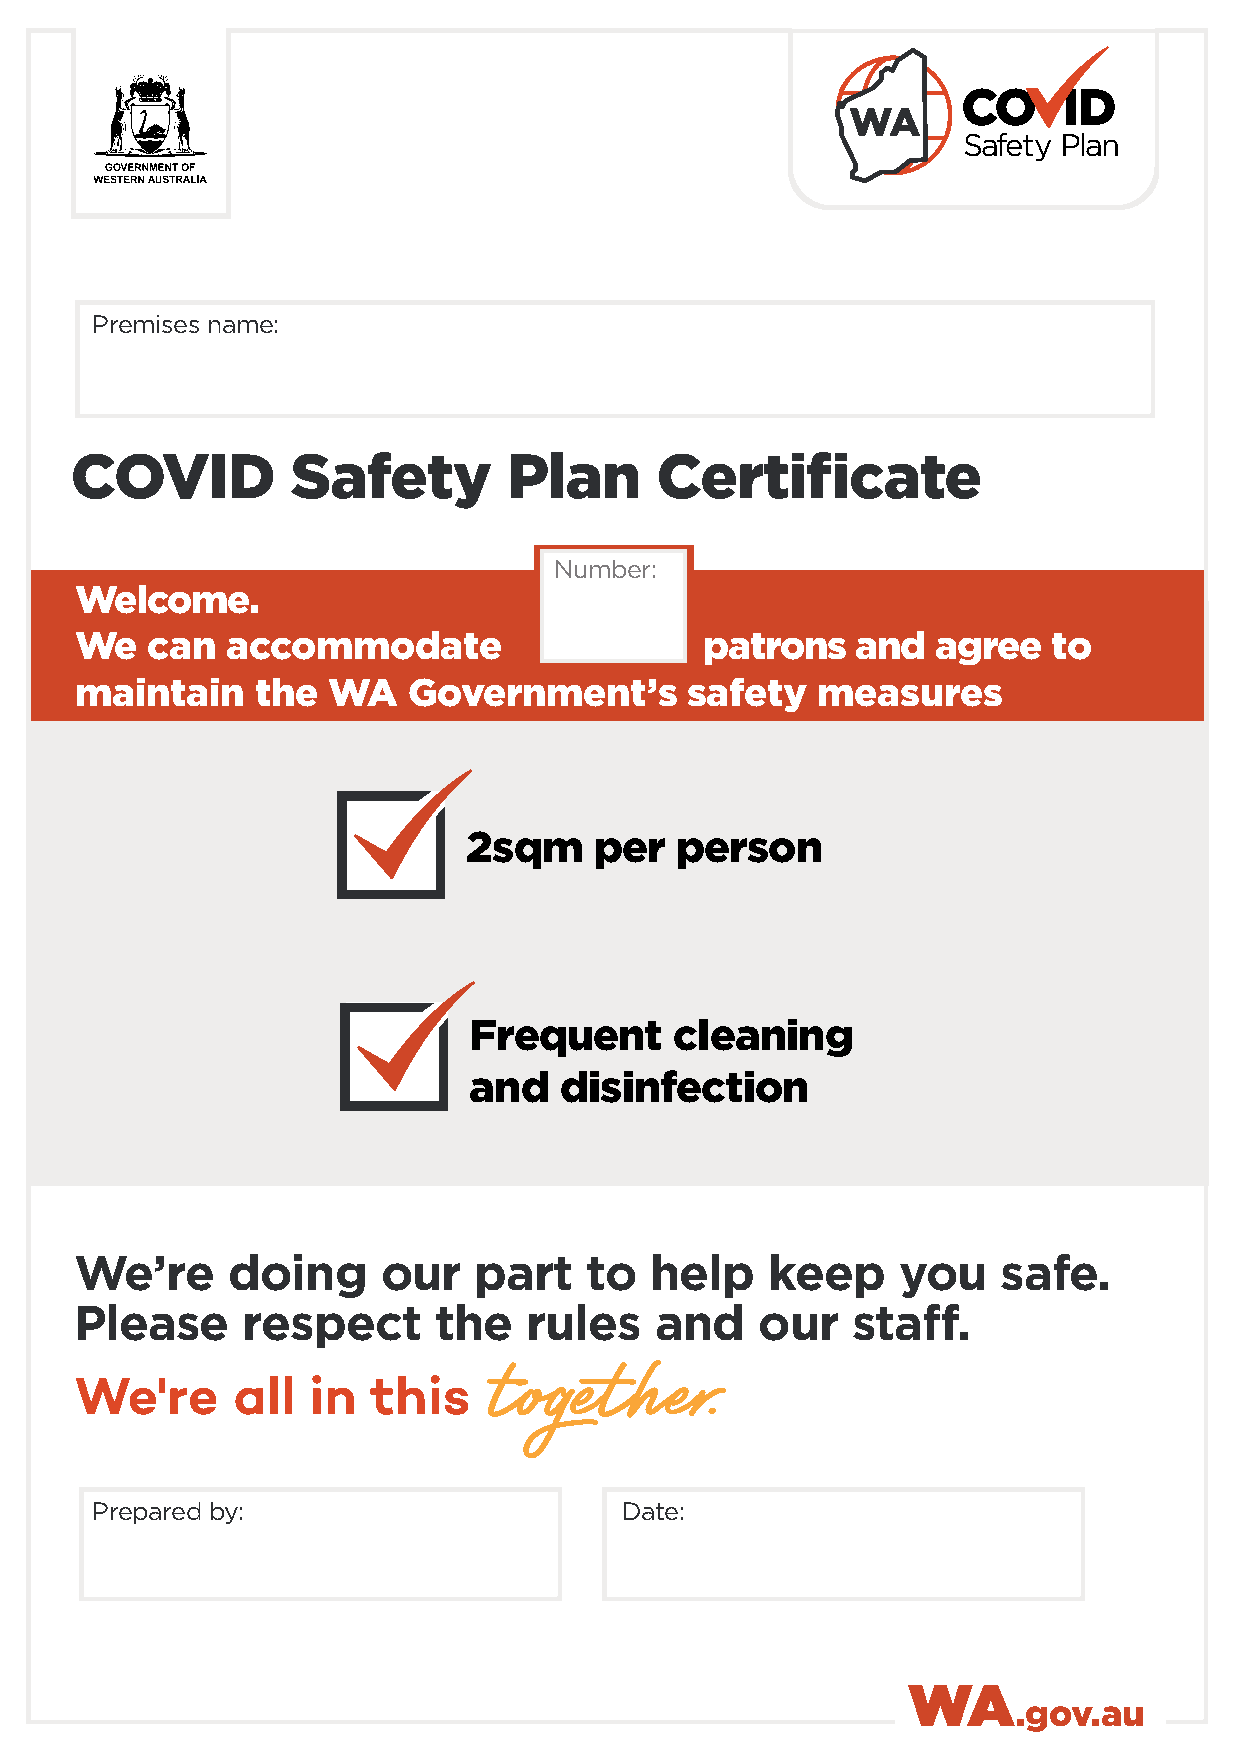
Safety Plan
 Premises name:
 COVID         Safety         Plan     Certificate
 Number:
 Welcome.
 We   can  accommodate                     patrons   and  agree   to
 maintain    the  WA   Government’s      safety   measures
 2sqm    per   person
 Frequent      cleaning
 and   disinfection
 We’re     doing     our   part    to  help    keep    you    safe.
 Please     respect      the   rules   and    our   staff.
 Prepared by:                       Date:
 WA
 .gov.au